Trukikaitis_Postimees, lk 103
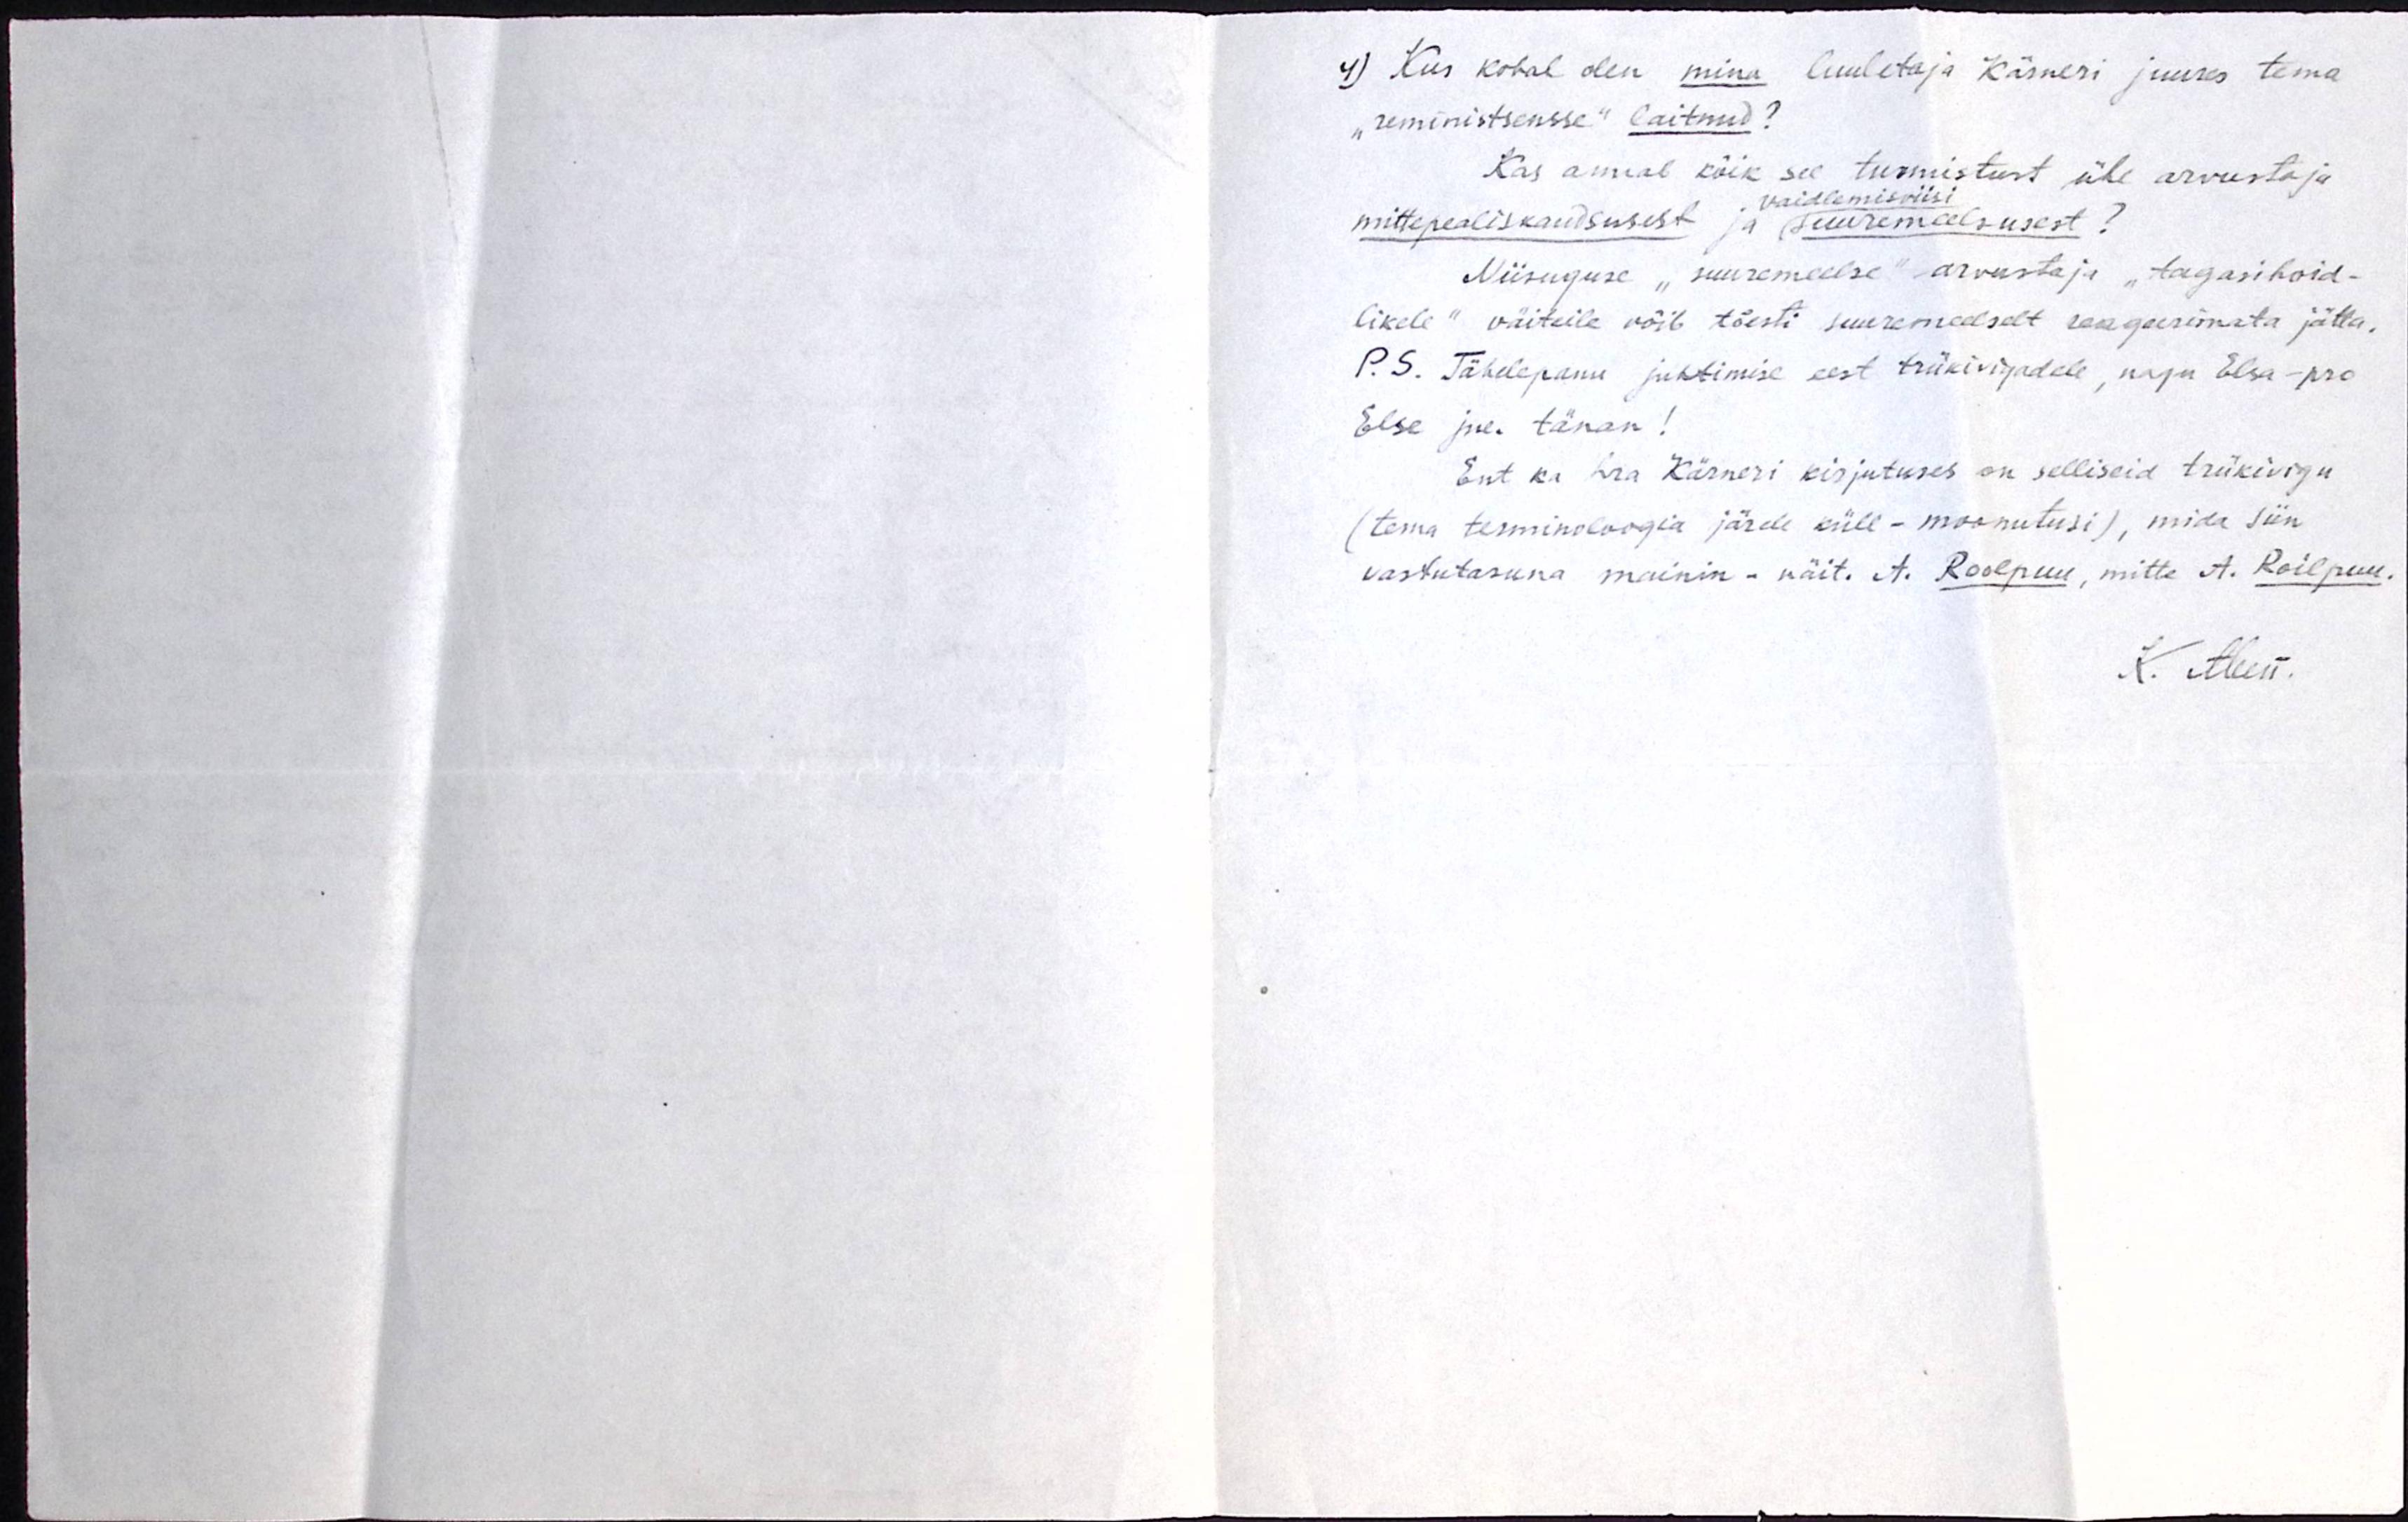
4) Kus kohal olen mina luuletaja Kärneri juures tema
"reministsensse" laitnud?
Kas annab kõik see tunnistust ühe arvustaja
vaidlemisviisi
mittepealiskaudsusest ja suuremeelsusest?
Niisuguse "suuremeelse" arvustaja "tagasihoid-
likele" väiteile võib tõesti suuremeelselt reageerimata jätta.
P. S. Tähelepanu juhtimise eest trükivigadele, nagu Elsa - pro
Else jne. tänan!
Ent ka hra Kärneri kirjutuses on selliseid trükivigu
(tema terminoloogia järele küll - moonutusi), mida siin
vastutasuna mainin - näit. A. Roolpuu, mitte A. Roilpuu.
K. Aben